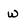
Character: w